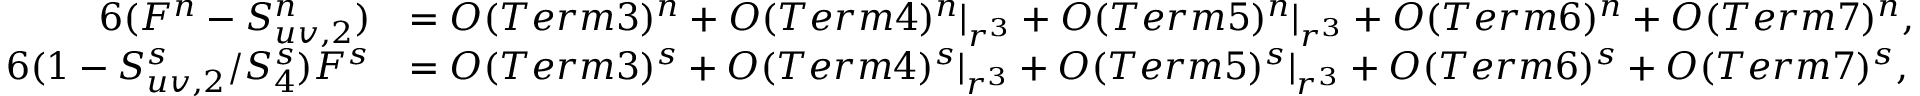
\begin{array} { r l } { { 6 ( F ^ { n } - S _ { u v , 2 } ^ { n } ) } } & { = { \cal O } ( T e r m 3 ) ^ { n } + { \cal O } ( T e r m 4 ) ^ { n } | _ { r ^ { 3 } } + { \cal O } ( T e r m 5 ) ^ { n } | _ { r ^ { 3 } } + { \cal O } ( T e r m 6 ) ^ { n } + { \cal O } ( T e r m 7 ) ^ { n } , } \\ { { 6 ( 1 - S _ { u v , 2 } ^ { s } / S _ { 4 } ^ { s } ) F ^ { s } } } & { = { \cal O } ( T e r m 3 ) ^ { s } + { \cal O } ( T e r m 4 ) ^ { s } | _ { r ^ { 3 } } + { \cal O } ( T e r m 5 ) ^ { s } | _ { r ^ { 3 } } + { \cal O } ( T e r m 6 ) ^ { s } + { \cal O } ( T e r m 7 ) ^ { s } , } \end{array}